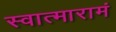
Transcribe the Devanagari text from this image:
स्वात्मारामं